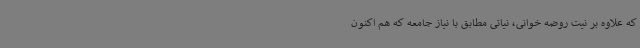
که علاوه بر نیت روضه خوانی، نیاتی مطابق با نیاز جامعه که هم اکنون